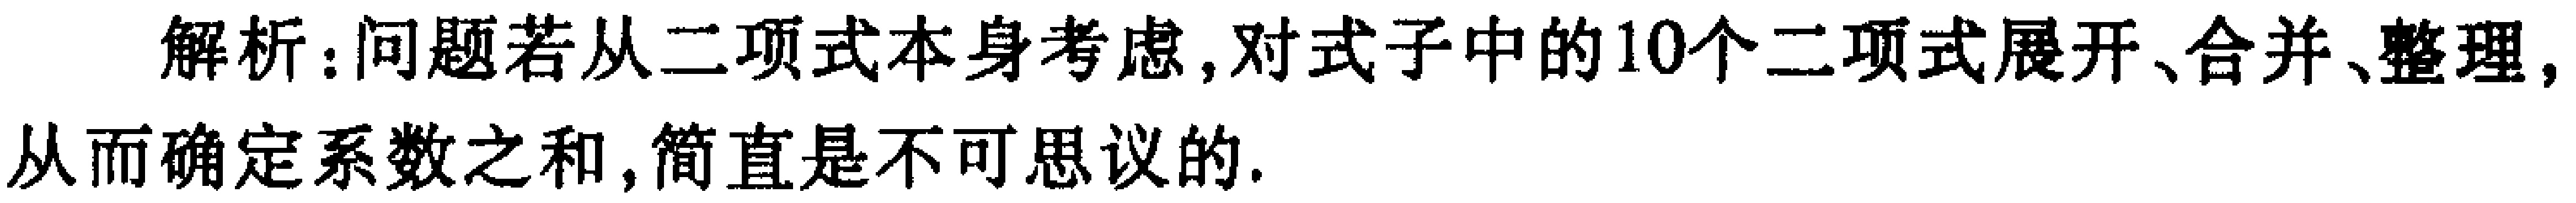
解析：问题若从二项式本身考虑, 对式子中的10个二项式展开、合并、整理, 从而确定系数之和, 简直是不可思议的.